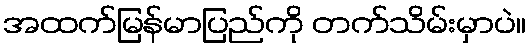
အထက်မြန်မာပြည်ကို တက်သိမ်းမှာပဲ။